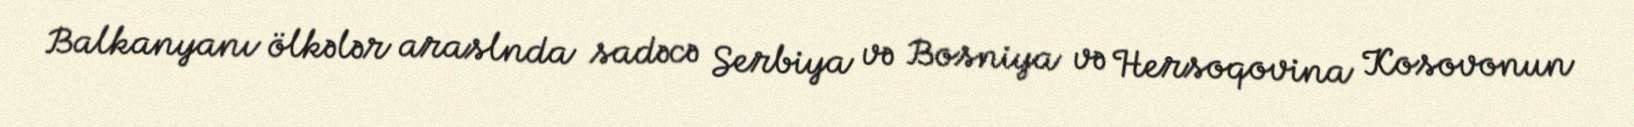
Balkanyanı ölkələr araslnda sadəcə Serbiya və Bosniya və Hersoqovina Kosovonun